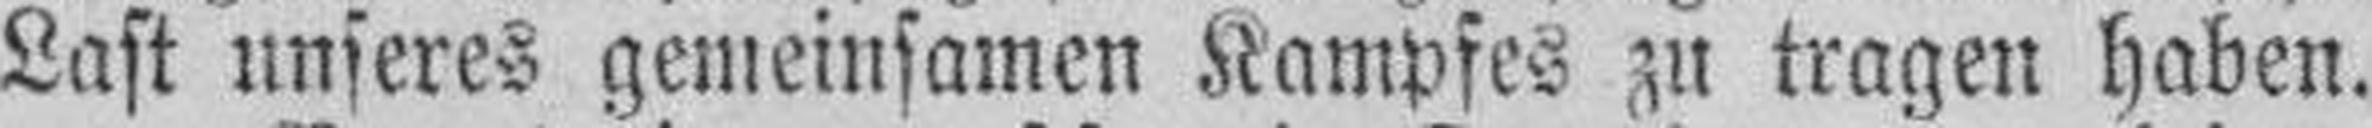
Last unseres gemeinsamen Kampfes zu tragen haben.